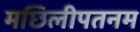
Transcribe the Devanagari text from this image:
मछिलीपतनम